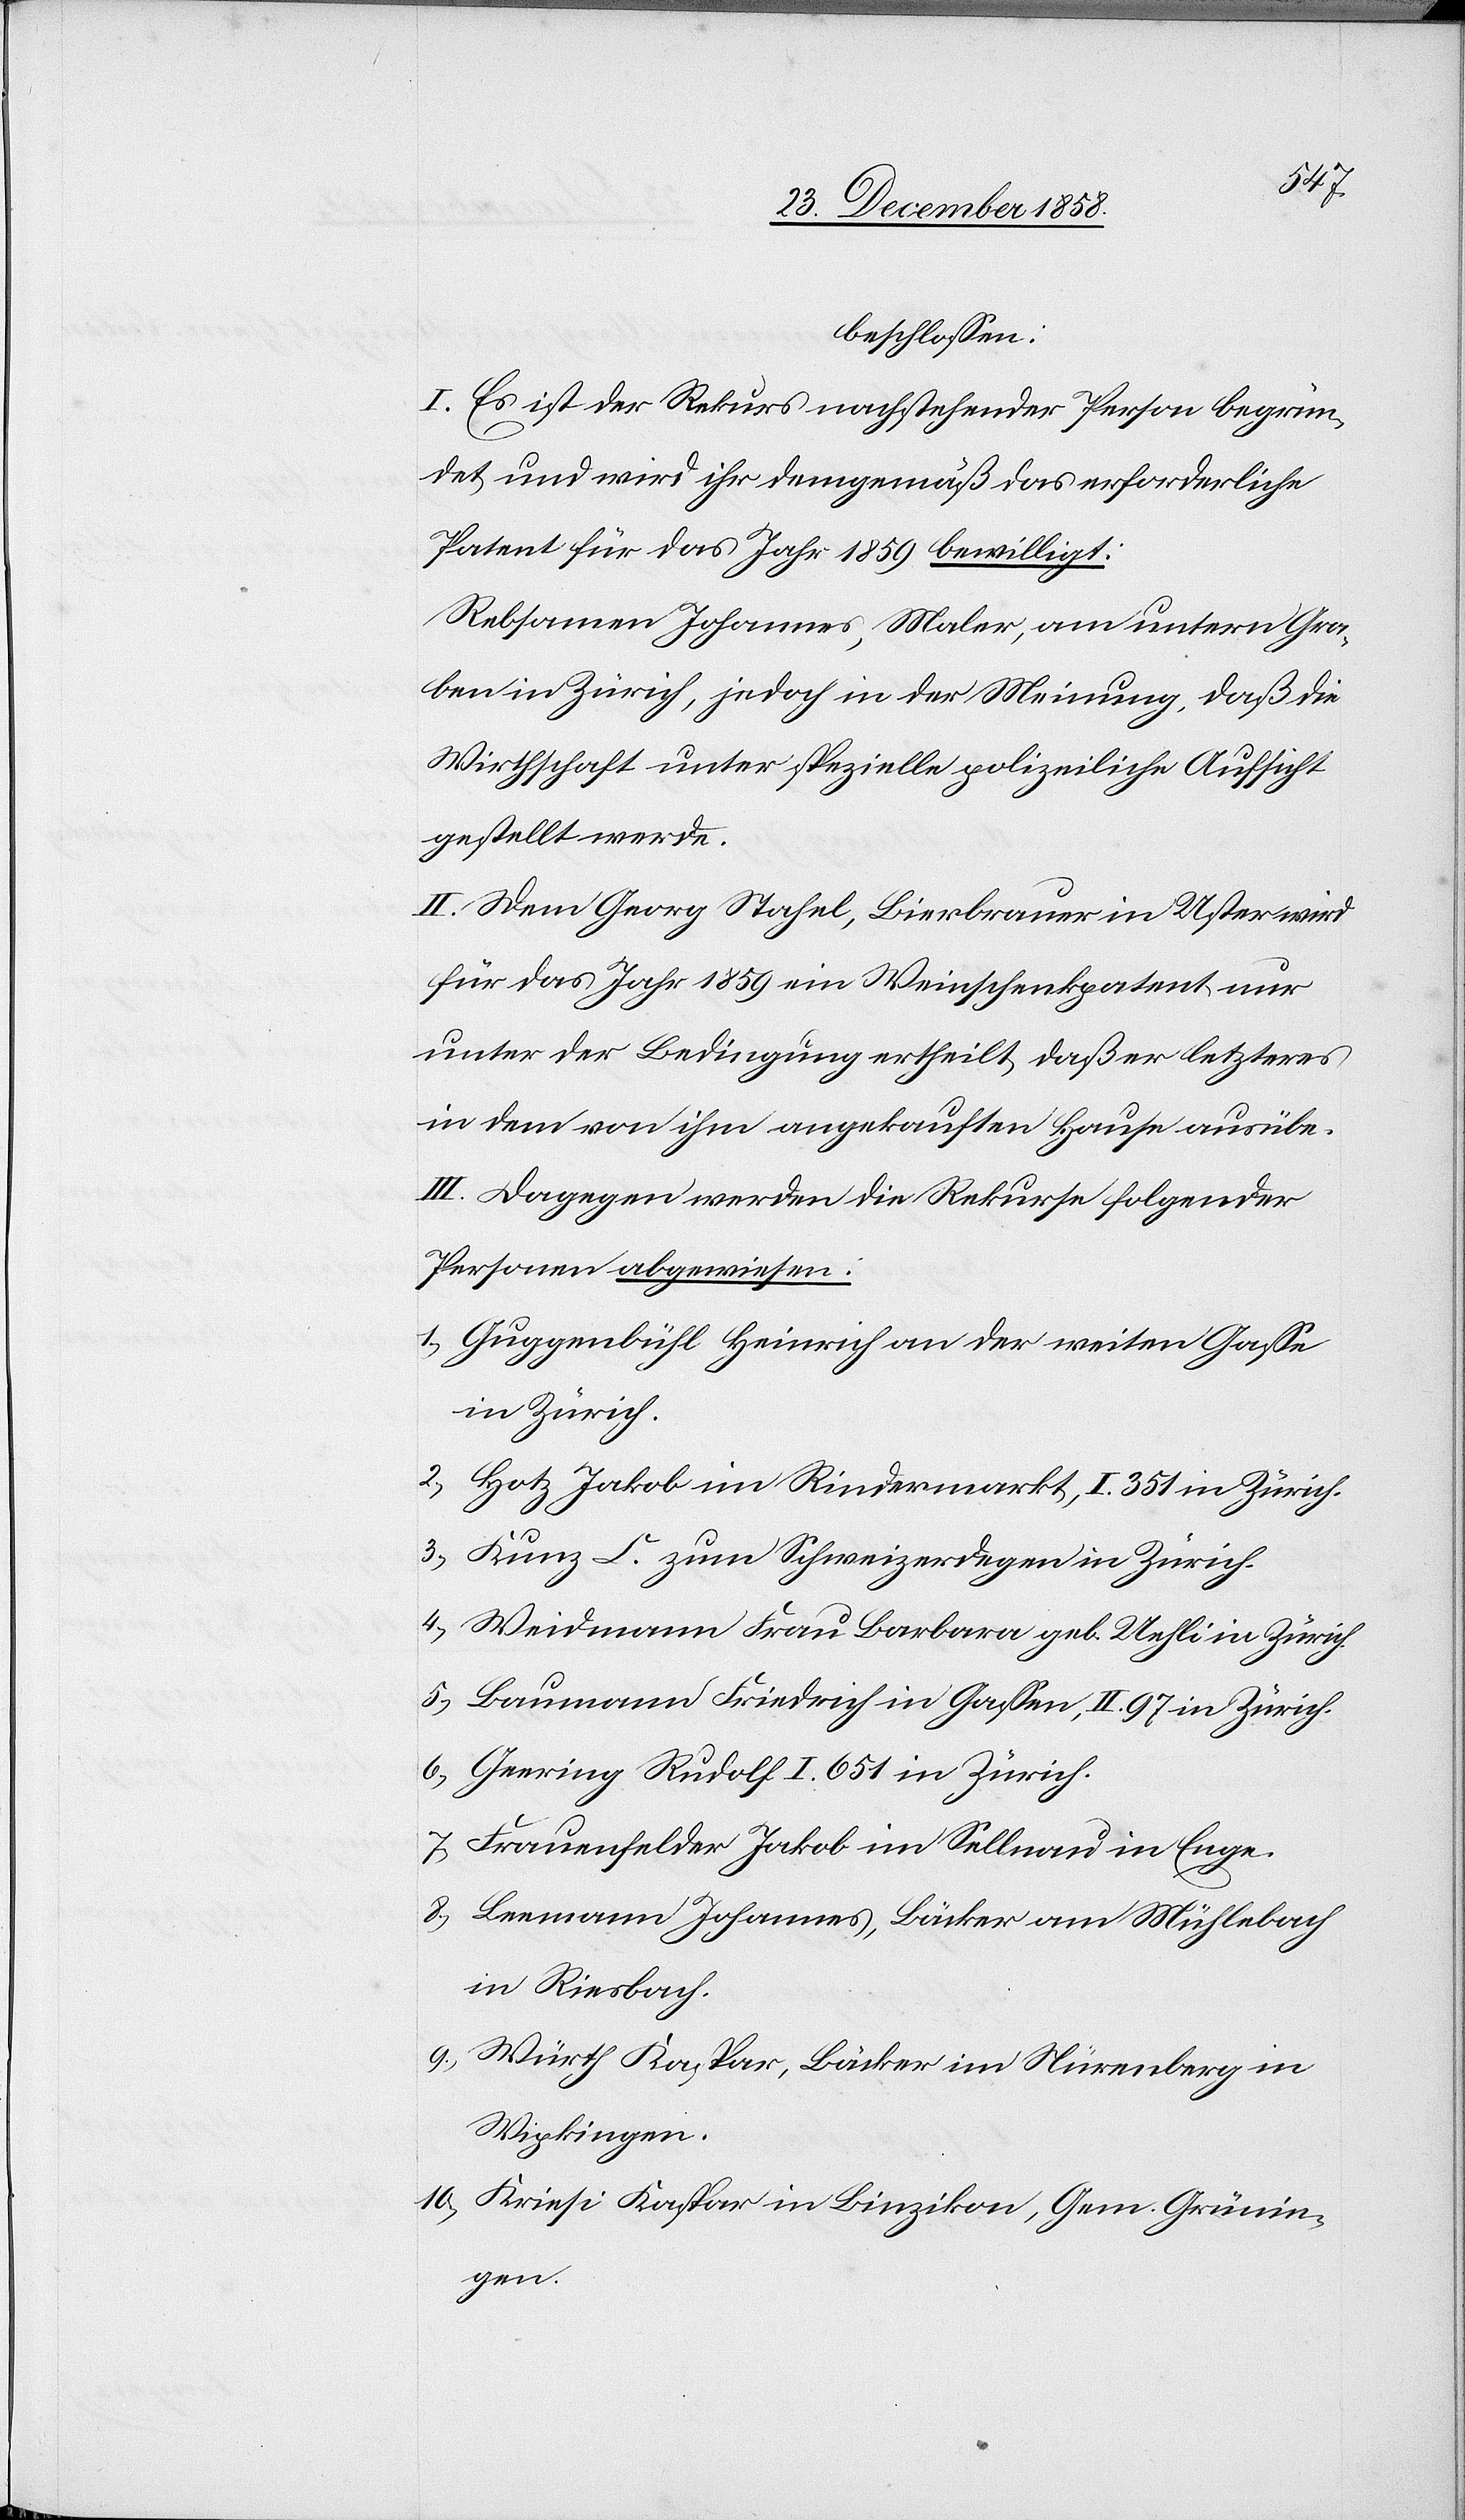
die
beschlossen: